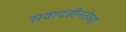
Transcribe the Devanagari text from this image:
संवादहीनतेच्या